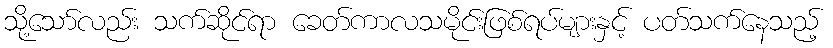
သို့သော်လည်း သက်ဆိုင်ရာ ခေတ်ကာလသမိုင်းဖြစ်ရပ်များနှင့် ပတ်သက်နေသည့်